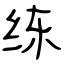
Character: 练